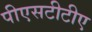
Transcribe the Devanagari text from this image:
पीएसटीटीए